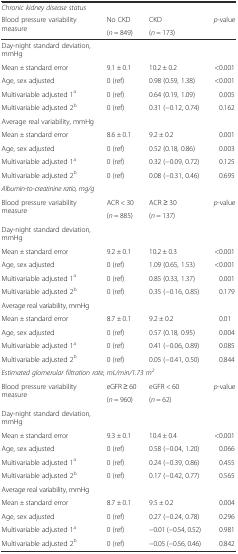
<table><thead><tr><td colspan="4"><b><i>Chronic kidney disease status</i></b></td></tr><tr><td rowspan="2"><b>Blood pressure variability measure</b></td><td><b>No CKD</b></td><td><b>CKD</b></td><td rowspan="2"><b><i>p</i>-value</b></td></tr><tr><td><b>(<i>n</i> = 849)</b></td><td><b>(<i>n</i> = 173)</b></td></tr></thead><tbody><tr><td>Day-night standard deviation, mmHg</td><td></td><td></td><td></td></tr><tr><td>Mean ± standard error</td><td>9.1 ± 0.1</td><td>10.2 ± 0.2</td><td>&lt;0.001</td></tr><tr><td>Age, sex adjusted</td><td>0 (ref)</td><td>0.98 (0.59, 1.38)</td><td>&lt;0.001</td></tr><tr><td>Multivariable adjusted 1<sup>a</sup></td><td>0 (ref)</td><td>0.64 (0.19, 1.09)</td><td>0.005</td></tr><tr><td>Multivariable adjusted 2<sup>b</sup></td><td>0 (ref)</td><td>0.31 (−0.12, 0.74)</td><td>0.162</td></tr><tr><td>Average real variability, mmHg</td><td></td><td></td><td></td></tr><tr><td>Mean ± standard error</td><td>8.6 ± 0.1</td><td>9.2 ± 0.2</td><td>0.001</td></tr><tr><td>Age, sex adjusted</td><td>0 (ref)</td><td>0.52 (0.18, 0.86)</td><td>0.003</td></tr><tr><td>Multivariable adjusted 1<sup>a</sup></td><td>0 (ref)</td><td>0.32 (−0.09, 0.72)</td><td>0.125</td></tr><tr><td>Multivariable adjusted 2<sup>b</sup></td><td>0 (ref)</td><td>0.08 (−0.31, 0.46)</td><td>0.695</td></tr><tr><td colspan="4"><i>Albumin-to-creatinine ratio, mg/g</i></td></tr><tr><td rowspan="2">Blood pressure variability measure</td><td>ACR &lt; 30</td><td>ACR ≥ 30</td><td rowspan="2"><i>p</i>-value</td></tr><tr><td>(<i>n</i> = 885)</td><td>(<i>n</i> = 137)</td></tr><tr><td>Day-night standard deviation, mmHg</td><td></td><td></td><td></td></tr><tr><td>Mean ± standard error</td><td>9.2 ± 0.1</td><td>10.2 ± 0.3</td><td>&lt;0.001</td></tr><tr><td>Age, sex adjusted</td><td>0 (ref)</td><td>1.09 (0.65, 1.53)</td><td>&lt;0.001</td></tr><tr><td>Multivariable adjusted 1<sup>a</sup></td><td>0 (ref)</td><td>0.85 (0.33, 1.37)</td><td>0.001</td></tr><tr><td>Multivariable adjusted 2<sup>b</sup></td><td>0 (ref)</td><td>0.35 (−0.16, 0.85)</td><td>0.179</td></tr><tr><td>Average real variability, mmHg</td><td></td><td></td><td></td></tr><tr><td>Mean ± standard error</td><td>8.7 ± 0.1</td><td>9.2 ± 0.2</td><td>0.01</td></tr><tr><td>Age, sex adjusted</td><td>0 (ref)</td><td>0.57 (0.18, 0.95)</td><td>0.004</td></tr><tr><td>Multivariable adjusted 1<sup>a</sup></td><td>0 (ref)</td><td>0.41 (−0.06, 0.89)</td><td>0.085</td></tr><tr><td>Multivariable adjusted 2<sup>b</sup></td><td>0 (ref)</td><td>0.05 (−0.41, 0.50)</td><td>0.844</td></tr><tr><td colspan="4"><i>Estimated glomerular filtration rate, mL/min/1.73 m</i><sup><i>2</i></sup></td></tr><tr><td rowspan="2">Blood pressure variability measure</td><td>eGFR ≥ 60</td><td>eGFR &lt; 60</td><td rowspan="2"><i>p</i>-value</td></tr><tr><td>(<i>n</i> = 960)</td><td>(<i>n</i> = 62)</td></tr><tr><td>Day-night standard deviation, mmHg</td><td></td><td></td><td></td></tr><tr><td>Mean ± standard error</td><td>9.3 ± 0.1</td><td>10.4 ± 0.4</td><td>&lt;0.001</td></tr><tr><td>Age, sex adjusted</td><td>0 (ref)</td><td>0.58 (−0.04, 1.20)</td><td>0.066</td></tr><tr><td>Multivariable adjusted 1<sup>a</sup></td><td>0 (ref)</td><td>0.24 (−0.39, 0.86)</td><td>0.455</td></tr><tr><td>Multivariable adjusted 2<sup>b</sup></td><td>0 (ref)</td><td>0.17 (−0.42, 0.77)</td><td>0.565</td></tr><tr><td>Average real variability, mmHg</td><td></td><td></td><td></td></tr><tr><td>Mean ± standard error</td><td>8.7 ± 0.1</td><td>9.5 ± 0.2</td><td>0.004</td></tr><tr><td>Age, sex adjusted</td><td>0 (ref)</td><td>0.27 (−0.24, 0.78)</td><td>0.296</td></tr><tr><td>Multivariable adjusted 1<sup>a</sup></td><td>0 (ref)</td><td>−0.01 (−0.54, 0.52)</td><td>0.981</td></tr><tr><td>Multivariable adjusted 2<sup>b</sup></td><td>0 (ref)</td><td>−0.05 (−0.56, 0.46)</td><td>0.842</td></tr></tbody></table>